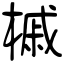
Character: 槭